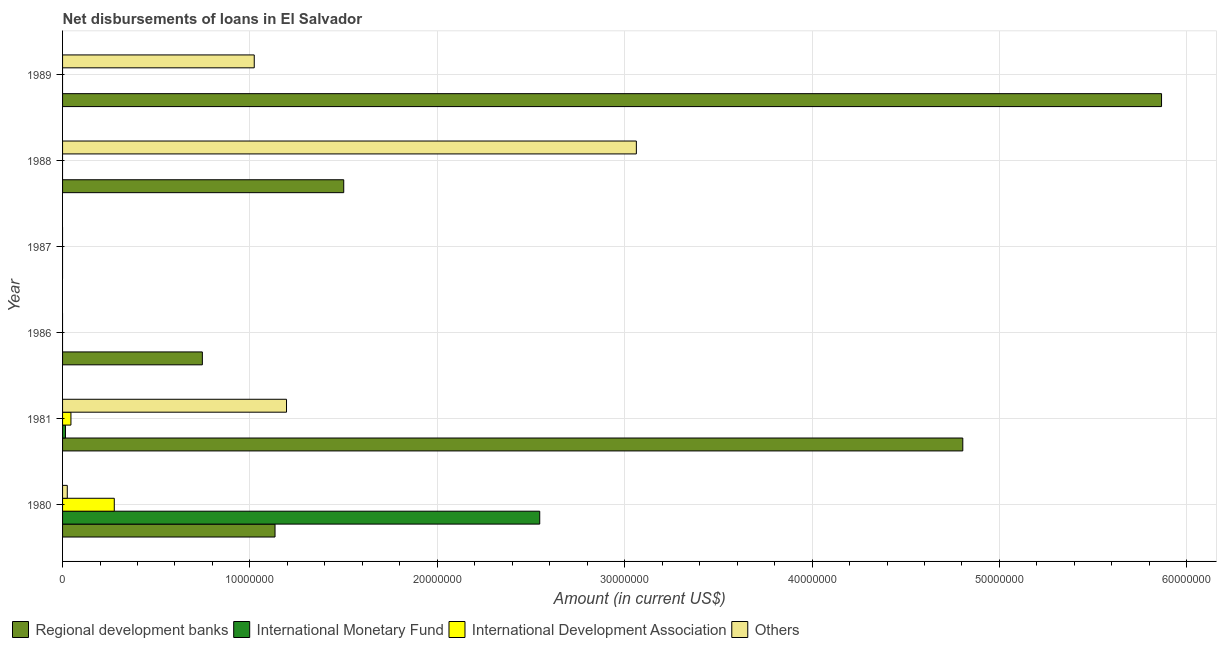
| Year | Regional development banks | International Monetary Fund | International Development Association | Others |
 | --- | --- | --- | --- | --- |
 | 1980 | 1.13e+07 | 2.55e+07 | 2.76e+06 | 2.52e+05 |
 | 1981 | 4.8e+07 | 1.56e+05 | 4.47e+05 | 1.2e+07 |
 | 1986 | 7.46e+06 | -4.59e+06 | -5.59e+05 | -3.54e+06 |
 | 1987 | -1.97e+06 | -5.12e+06 | -4.73e+05 | -3.79e+06 |
 | 1988 | 1.5e+07 | -5.26e+06 | -4.73e+05 | 3.06e+07 |
 | 1989 | 5.87e+07 | -5.02e+06 | -2.68e+05 | 1.02e+07 |